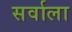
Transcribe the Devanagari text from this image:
सर्वाला